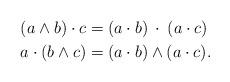
LaTeX: \begin{align*}(a\wedge b)\cdot c &= (a\cdot b)\:\cdot\:(a\cdot c)\\a\cdot(b\wedge c) &= (a\cdot b)\wedge(a\cdot c).\end{align*}